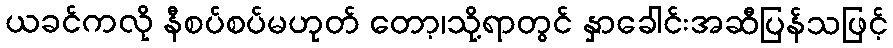
ယခင်ကလို နီစပ်စပ်မဟုတ် တော့၊သို့ရာတွင် နှာခေါင်းအဆီပြန်သဖြင့်